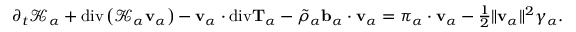
\begin{array} { r } { \partial _ { t } \mathscr { K } _ { \alpha } + \mathrm { d i v } \left( \mathscr { K } _ { \alpha } \mathbf { v } _ { \alpha } \right) - \mathbf { v } _ { \alpha } \cdot \mathrm { d i v } \mathbf { T } _ { \alpha } - \tilde { \rho } _ { \alpha } \mathbf { b } _ { \alpha } \cdot \mathbf { v } _ { \alpha } = \boldsymbol { \pi } _ { \alpha } \cdot \mathbf { v } _ { \alpha } - \frac { 1 } { 2 } \| \mathbf { v } _ { \alpha } \| ^ { 2 } \gamma _ { \alpha } . } \end{array}